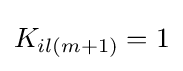
K_{il(m+1)}=1